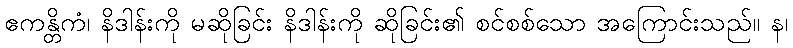
ဧကန္တိကံ၊ နိဒါန်းကို မဆိုခြင်း နိဒါန်းကို ဆိုခြင်း၏ စင်စစ်သော အကြောင်းသည်။ န၊